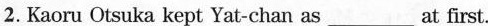
2. Kaoru Otsuka kept Yat-chan as ___ at first.